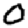
Digit: 0